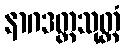
နာဂဒတ္တသုတ္တံ